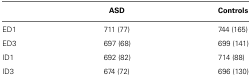
<table><thead><tr><td></td><td><b>ASD</b></td><td><b>Controls</b></td></tr></thead><tbody><tr><td>ED1</td><td>711 (77)</td><td>744 (165)</td></tr><tr><td>ED3</td><td>697 (68)</td><td>699 (141)</td></tr><tr><td>ID1</td><td>692 (82)</td><td>714 (88)</td></tr><tr><td>ID3</td><td>674 (72)</td><td>696 (130)</td></tr></tbody></table>